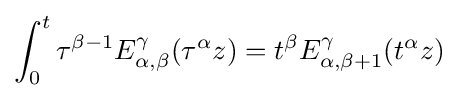
\int _{0}^{t}\tau ^{\beta -1}E_{\alpha ,\beta }^{\gamma }(\tau ^{\alpha }z)=t^{\beta }E_{\alpha ,\beta +1}^{\gamma }(t^{\alpha }z)